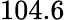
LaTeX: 104.6